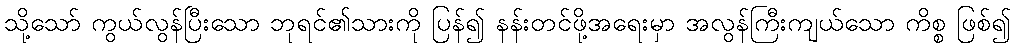
သို့သော် ကွယ်လွန်ပြီးသော ဘုရင်၏သားကို ပြန်၍ နန်းတင်ဖို့အရေးမှာ အလွန်ကြီးကျယ်သော ကိစ္စ ဖြစ်၍